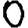
Digit: 0